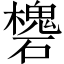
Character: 𥖸